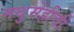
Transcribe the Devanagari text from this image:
मधुमेहीची